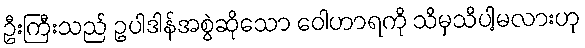
ဦးကြီးသည် ဥပါဒါန်အစွဲဆိုသော ဝေါဟာရကို သိမှသိပါ့မလားဟု